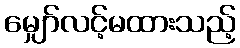
မျှော်လင့်မထားသည့်